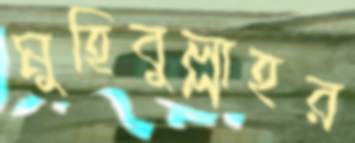
মুহিবুল্লাহর